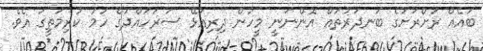
ބައެއް ރަށްރަށުގެ ބަނދަރުތައް އޮންނަނީ މީހުން ދިރިއުޅޭ ސަރަހައްދުގެ ހަމަ ކުރިމަތީގަ އެވެ.